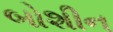
બોશીન